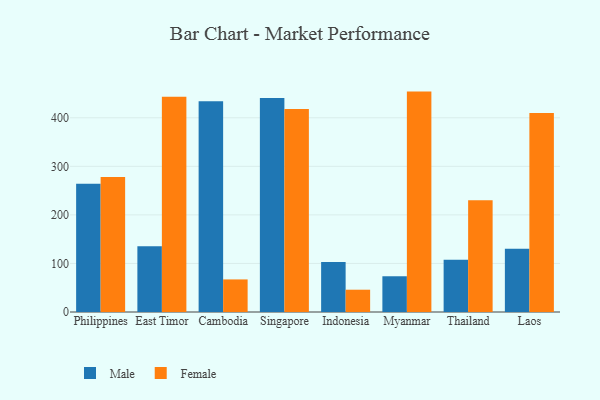
{"axis": {"x": "Country", "y": "Production Output"}, "legend": ["Female", "Male"], "data": [{"x": "Philippines", "y": 264.0, "type": "Male"}, {"x": "Philippines", "y": 278.0, "type": "Female"}, {"x": "East Timor", "y": 135.6, "type": "Male"}, {"x": "East Timor", "y": 443.2, "type": "Female"}, {"x": "Cambodia", "y": 434.2, "type": "Male"}, {"x": "Cambodia", "y": 67.1, "type": "Female"}, {"x": "Singapore", "y": 440.6, "type": "Male"}, {"x": "Singapore", "y": 418.2, "type": "Female"}, {"x": "Indonesia", "y": 103.0, "type": "Male"}, {"x": "Indonesia", "y": 45.9, "type": "Female"}, {"x": "Myanmar", "y": 73.6, "type": "Male"}, {"x": "Myanmar", "y": 453.9, "type": "Female"}, {"x": "Thailand", "y": 107.6, "type": "Male"}, {"x": "Thailand", "y": 230.3, "type": "Female"}, {"x": "Laos", "y": 130.5, "type": "Male"}, {"x": "Laos", "y": 410.0, "type": "Female"}]}